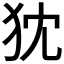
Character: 𤜴